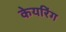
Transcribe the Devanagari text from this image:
केयरिंग